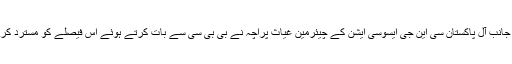
دوسری جانب آل پاکستان سی این جی ایسوسی ایشن کے چیئرمین غیاث پراچہ نے بی بی سی سے بات کرتے ہوئے اس فیصلے کو مسترد کر دیا ہے۔